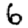
Digit: 6